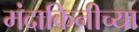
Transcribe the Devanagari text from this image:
मंदाकिनीच्या